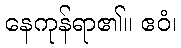
နေကုန်ရာ၏။ ဧဝံ၊